Vaccination Hyderabad 1872-1889 - 1872-1889
Year: 1872
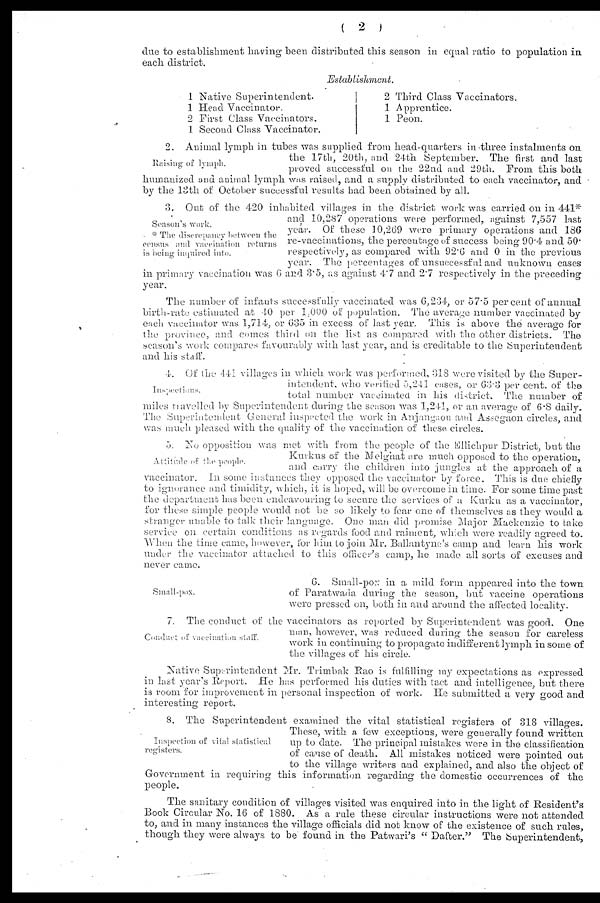
( 2 )
due to establishment having been distributed this season in equal ratio to population in
each district.
Establishment.
1
1
2
1
Native Superintendent.
Head Vaccinator.
First Class Vaccinators.
Second Class Vaccinator.
2
1
1
Third Class Vaccinators.
Apprentice.
Peon.
Raising of lymph.
2. Animal lymph in tubes was supplied from head-quarters in three instalments on
the 17th, 20th, and 24th September. The first and last
proved successful on the 22nd and 29th. From this both
humanized and animal lymph was raised, and a supply distributed to each vaccinator, and
by the 13th of October successful results had been obtained by all.
Season's work.
* The discrepancy between the
census and vaccination returns
is being inquired into.
3. Out of the 420 inhabited villages in the district work was carried on in 441*
and 10,287 operations were performed, against 7,557 last
year. Of these 10,269 were primary operations and 186
re-vaccinations, the percentage of success being 90.4 and 50.
respectively, as compared with 92.6 and 0 in the previous
year. The percentages of unsuccessful and unknown cases
in primary vaccination was 6 and 3.5, as against 4.7 and 2.7 respectively in the preceding
year.
The number of infants successfully vaccinated was 6,234, or 57.5 percent of annual
birth-rate estimated at 40 per 1,000 of population. The average number vaccinated by
each vaccinator was 1,714, or 635 in excess of last year. This is above the average for
the province, and comes third on the list as compared with the other districts. The
season's work compares favourably with last year, and is creditable to the Superintendent
and his staff.
Inspections.
4. Of the 441 villages in which work was performed, 31S were visited by the Super-
intendent, who verified 5,241 cases, or 63.3 per cent. of the
total number vaccinated in his district. The number of
miles travelled by Superintendent during the season was 1,241, or an average of 6.8 daily.
The Superintendent General inspected the work in Anjangnon and Assegaon circles, and
was much pleased with the quality of the vaccination of these circles.
Attitude of the people.
5. No opposition was met with from the people of the Ellichpur District, but the
Kurkus of the Melghat are much opposed to the operation,
and carry the children into jungles at the approach of a
vaccinator. in some instances they opposed the vaccinator by force. This is due chiefly
to ignorance and timidity, which, it is hoped, will be overcome in time. For some time past
the department has been endeavouring to secure the services of a Kurku as a vaccinator,
for these simple people would not be so likely to fear one of themselves as they would a
stranger unable to talk their language. One man did promise Major Mackenzie to take
service on certain conditions as regards food and raiment, which were readily agreed to.
When the time came, however, for him to join Mr. Ballantyne's camp and learn his work
under the vaccinator attached to this officer's camp, he made all sorts of excuses and
never came.
Small-pox.
6. Small-pox in a mild form appeared into the town
of Paratwada during the season, but vaccine operations
were pressed on, both in and around the affected locality.
Conduct of vaccination staff.
7. The conduct of the vaccinators as reported by Superintendent was good. One
man, however, was reduced during the season for careless
work in continuing to propagate indifferent lymph in some of
the villages of his circle.
Native Superintendent Mr. Trimbak Rao is fulfilling my expectations as expressed
in last year's Report. He has performed his duties with tact and intelligence, but there
is room for improvement in personal inspection of work. He submitted a very good and
interesting report.
Inspection of vital statistical
registers.
8. The Superintendent examined the vital statistical registers of 318 villages.
These, with a few exceptions, were generally found written
up to date. The principal mistakes were in the classification
of cause of death. All mistakes noticed were pointed out
to the village writers and explained, and also the object of
Government in requiring this information regarding the domestic occurrences of the
people.
The sanitary condition of villages visited was enquired into in the light of Resident's
Book Circular No. 16 of 1880. As a rule these circular instructions were not attended
to, and in many instances the village officials did not know of the existence of such rules,
though they were always to be found in the Patwari's " Dafter." The Superintendent,